Eesti_Rahvusfond, lk 76
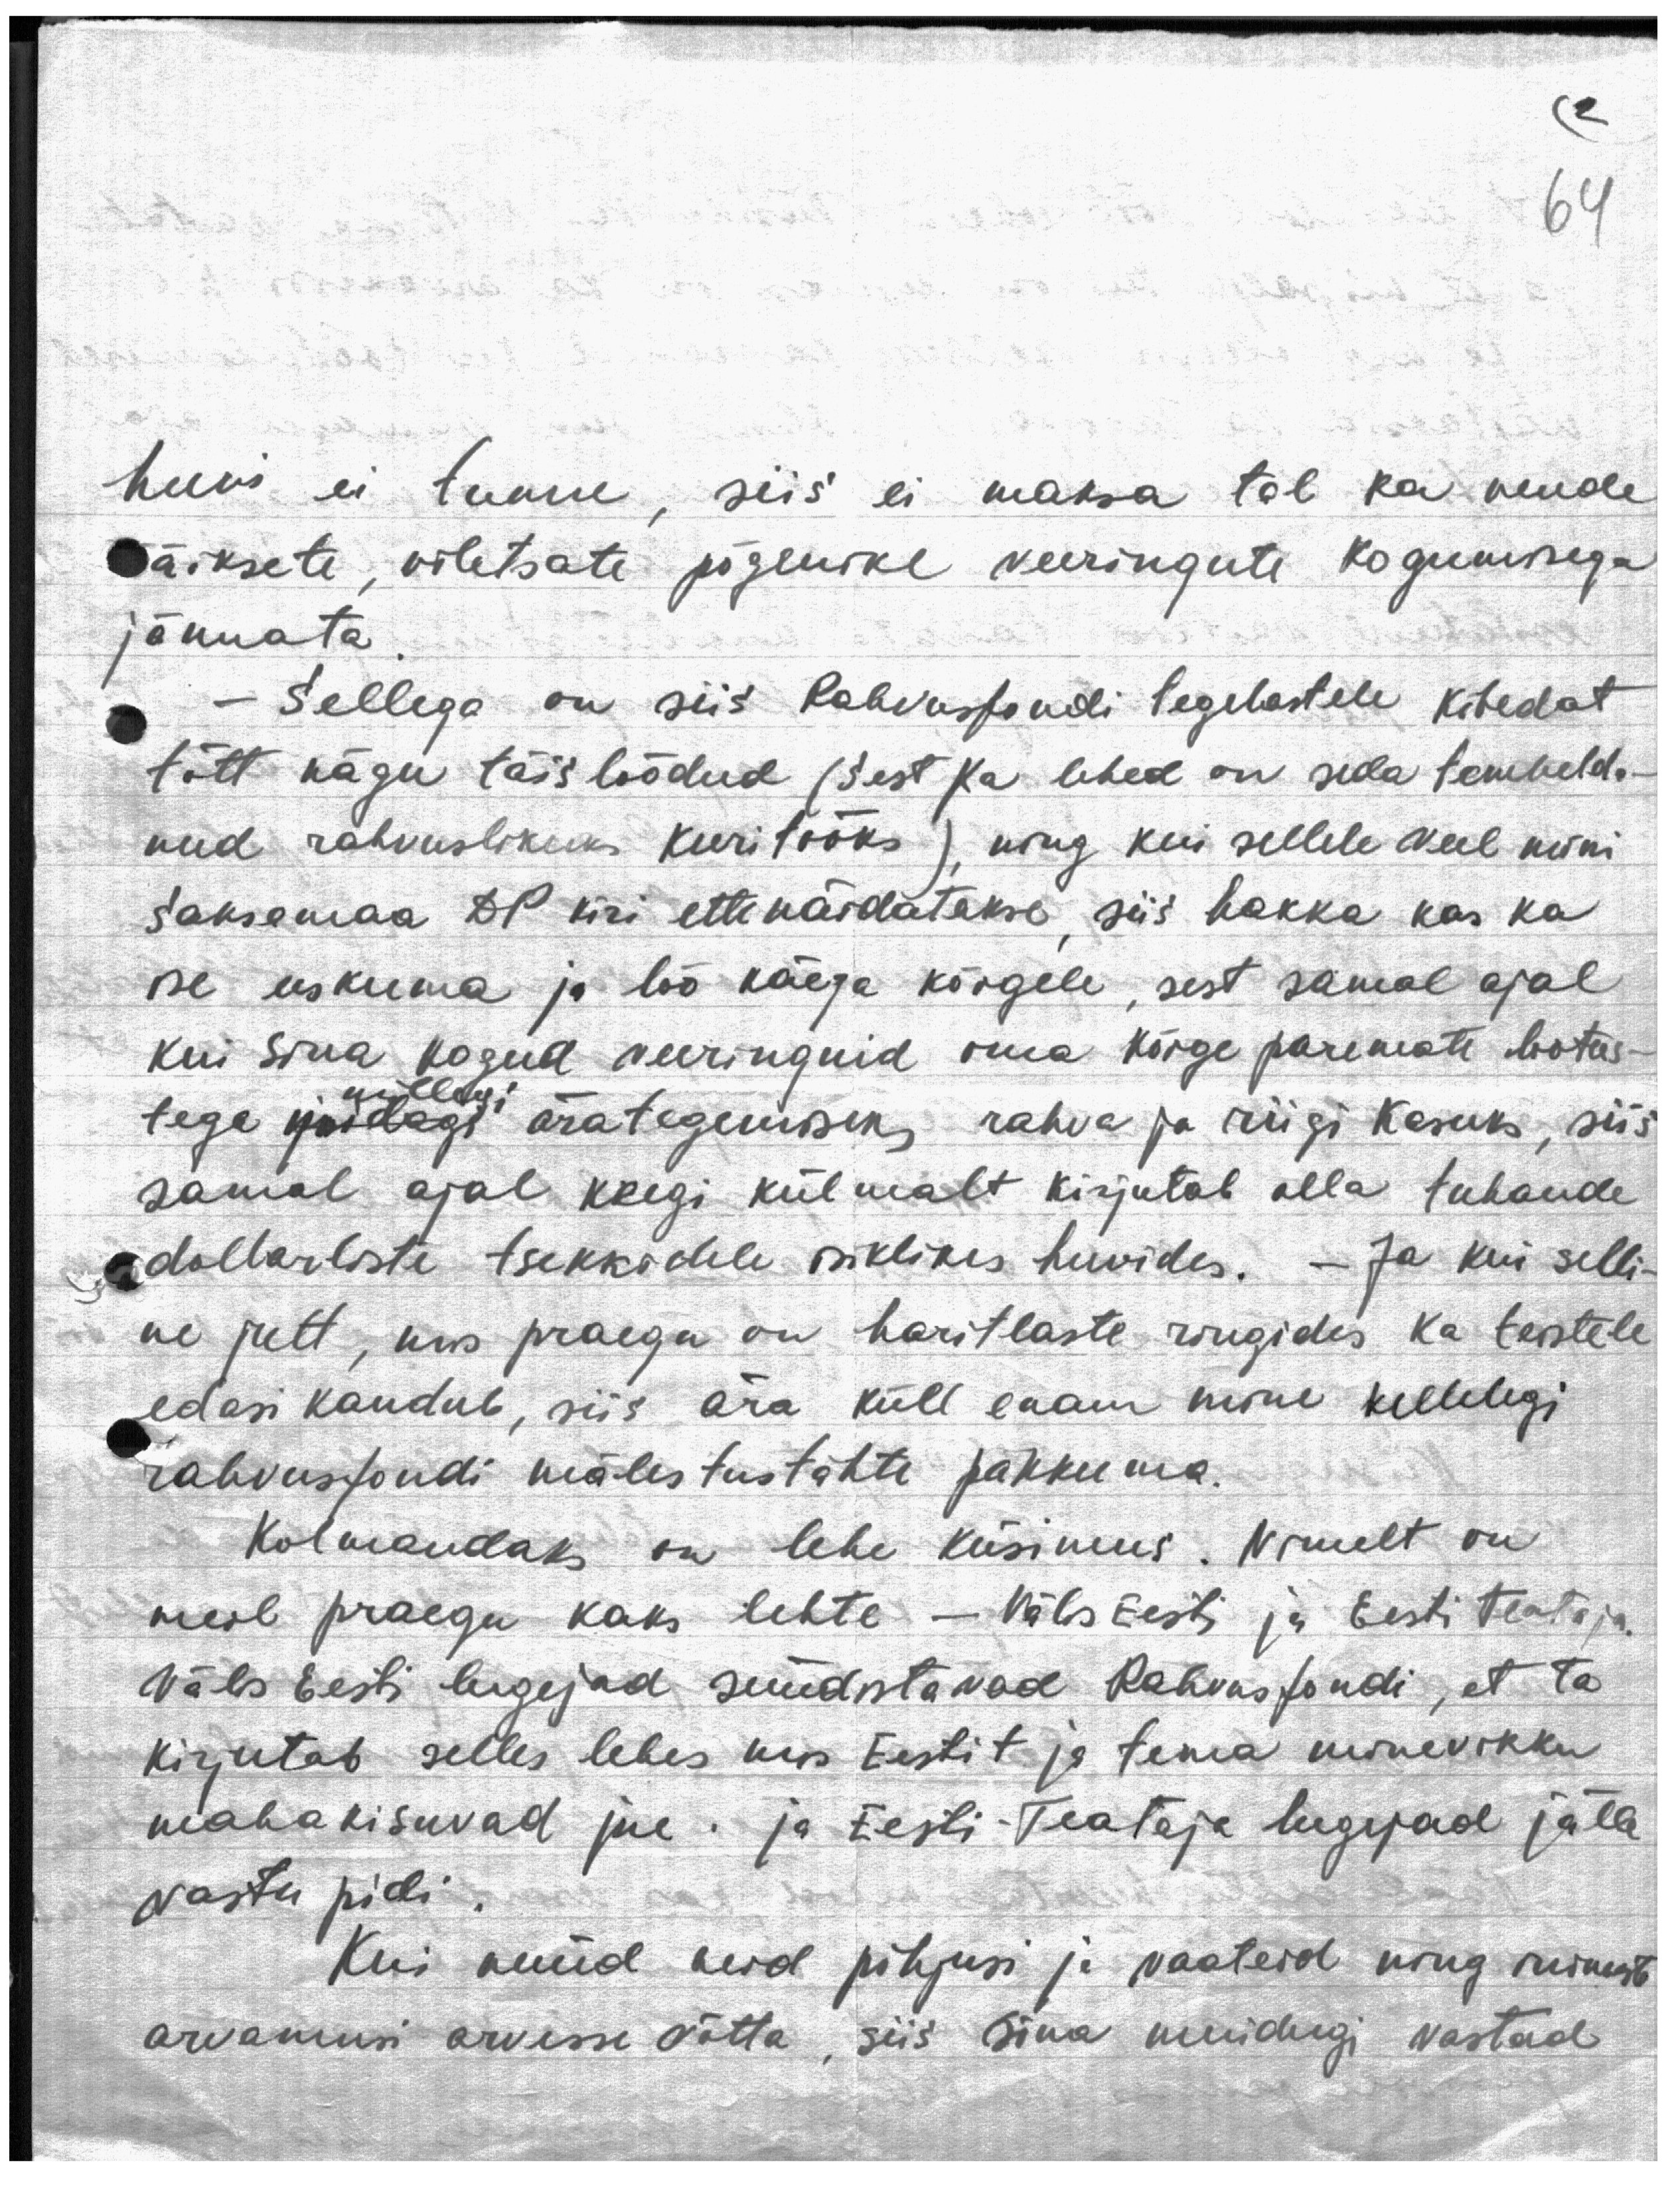
(2
64

huvi ei tunne, siis ei maksa tol ka nende
väiksete, viletsate põgenike veeringute kogumisega
jännata.
- Sellega on siis Rahvusfondi tegelastele kibedat
tõtt nägu täis löödud (sest ka lehed on seda tembelda-
nud rahvuslikuks kuritööks), ning kui sellele veel mõni
Saksamaa DP kiri ettenäidatakse, siis hakka kas ka
ise uskuma ja löö käega kõigele, sest samal ajal
kui Sina kogud veeringuid oma kõige paremate lootus-
millegi
tega midagi ärategemiseks rahva ja riigi kasuks, siis
samal ajal keegi külmalt kirjutab alla tuhande
dollarliste tsekkidele isiklikes huvides. - Ja kui selli-
ne jutt, mis praegu on haritlaste ringides ka teistele
edasi kandub, siis ära küll enam mine kellelegi
rahvusfondi mälestustähte pakkuma.
Kolmandaks on lehe küsimus. Nimelt on
meil praegu kaks lehte - Välis Eesti ja Eesti Teataja.
Välis Eesti lugejad süüdistavad Rahvusfondi, et ta
kirjutab selles lehes mis Eestit ja tema minevikku
maha kisuvad jne. ja Eesti-Teataja lugejad jälle
vastu pidi.
Kui nüüd neid põhjusi ja vaateid ning inimeste
arvamusi arvesse võtta, siis Sina muidugi vastad